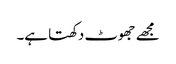
مجھے جھوٹ دکھتا ہے۔